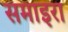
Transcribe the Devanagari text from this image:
समाइरा